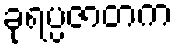
ခုရပ္ပဇာတက